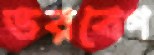
ভরবেগ